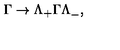
\Gamma \to \Lambda _ { + } \Gamma \Lambda _ { - } ^ { } ,